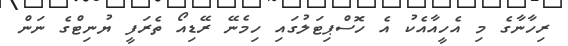
ރިހާނާގެ މި އެހީއާއެކު އެ ހޮސްޕިޓަލުގައި ހިމެނޭ ރޭޑިއޯ ތެރަފީ ޔުނިޓްގެ ނަން